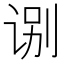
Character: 𰵬